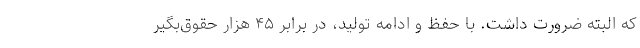
که البته ضرورت داشت. با حفظ و ادامه تولید، در برابر ۴۵ هزار حقوق‌بگیر